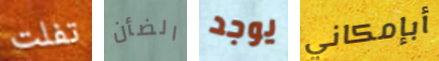
تفلت الضأن يوجد أبإمكاني